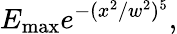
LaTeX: E_{\mathrm{max}}e^{-(x^{2}/w^{2})^{5}},